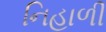
નિહાળી